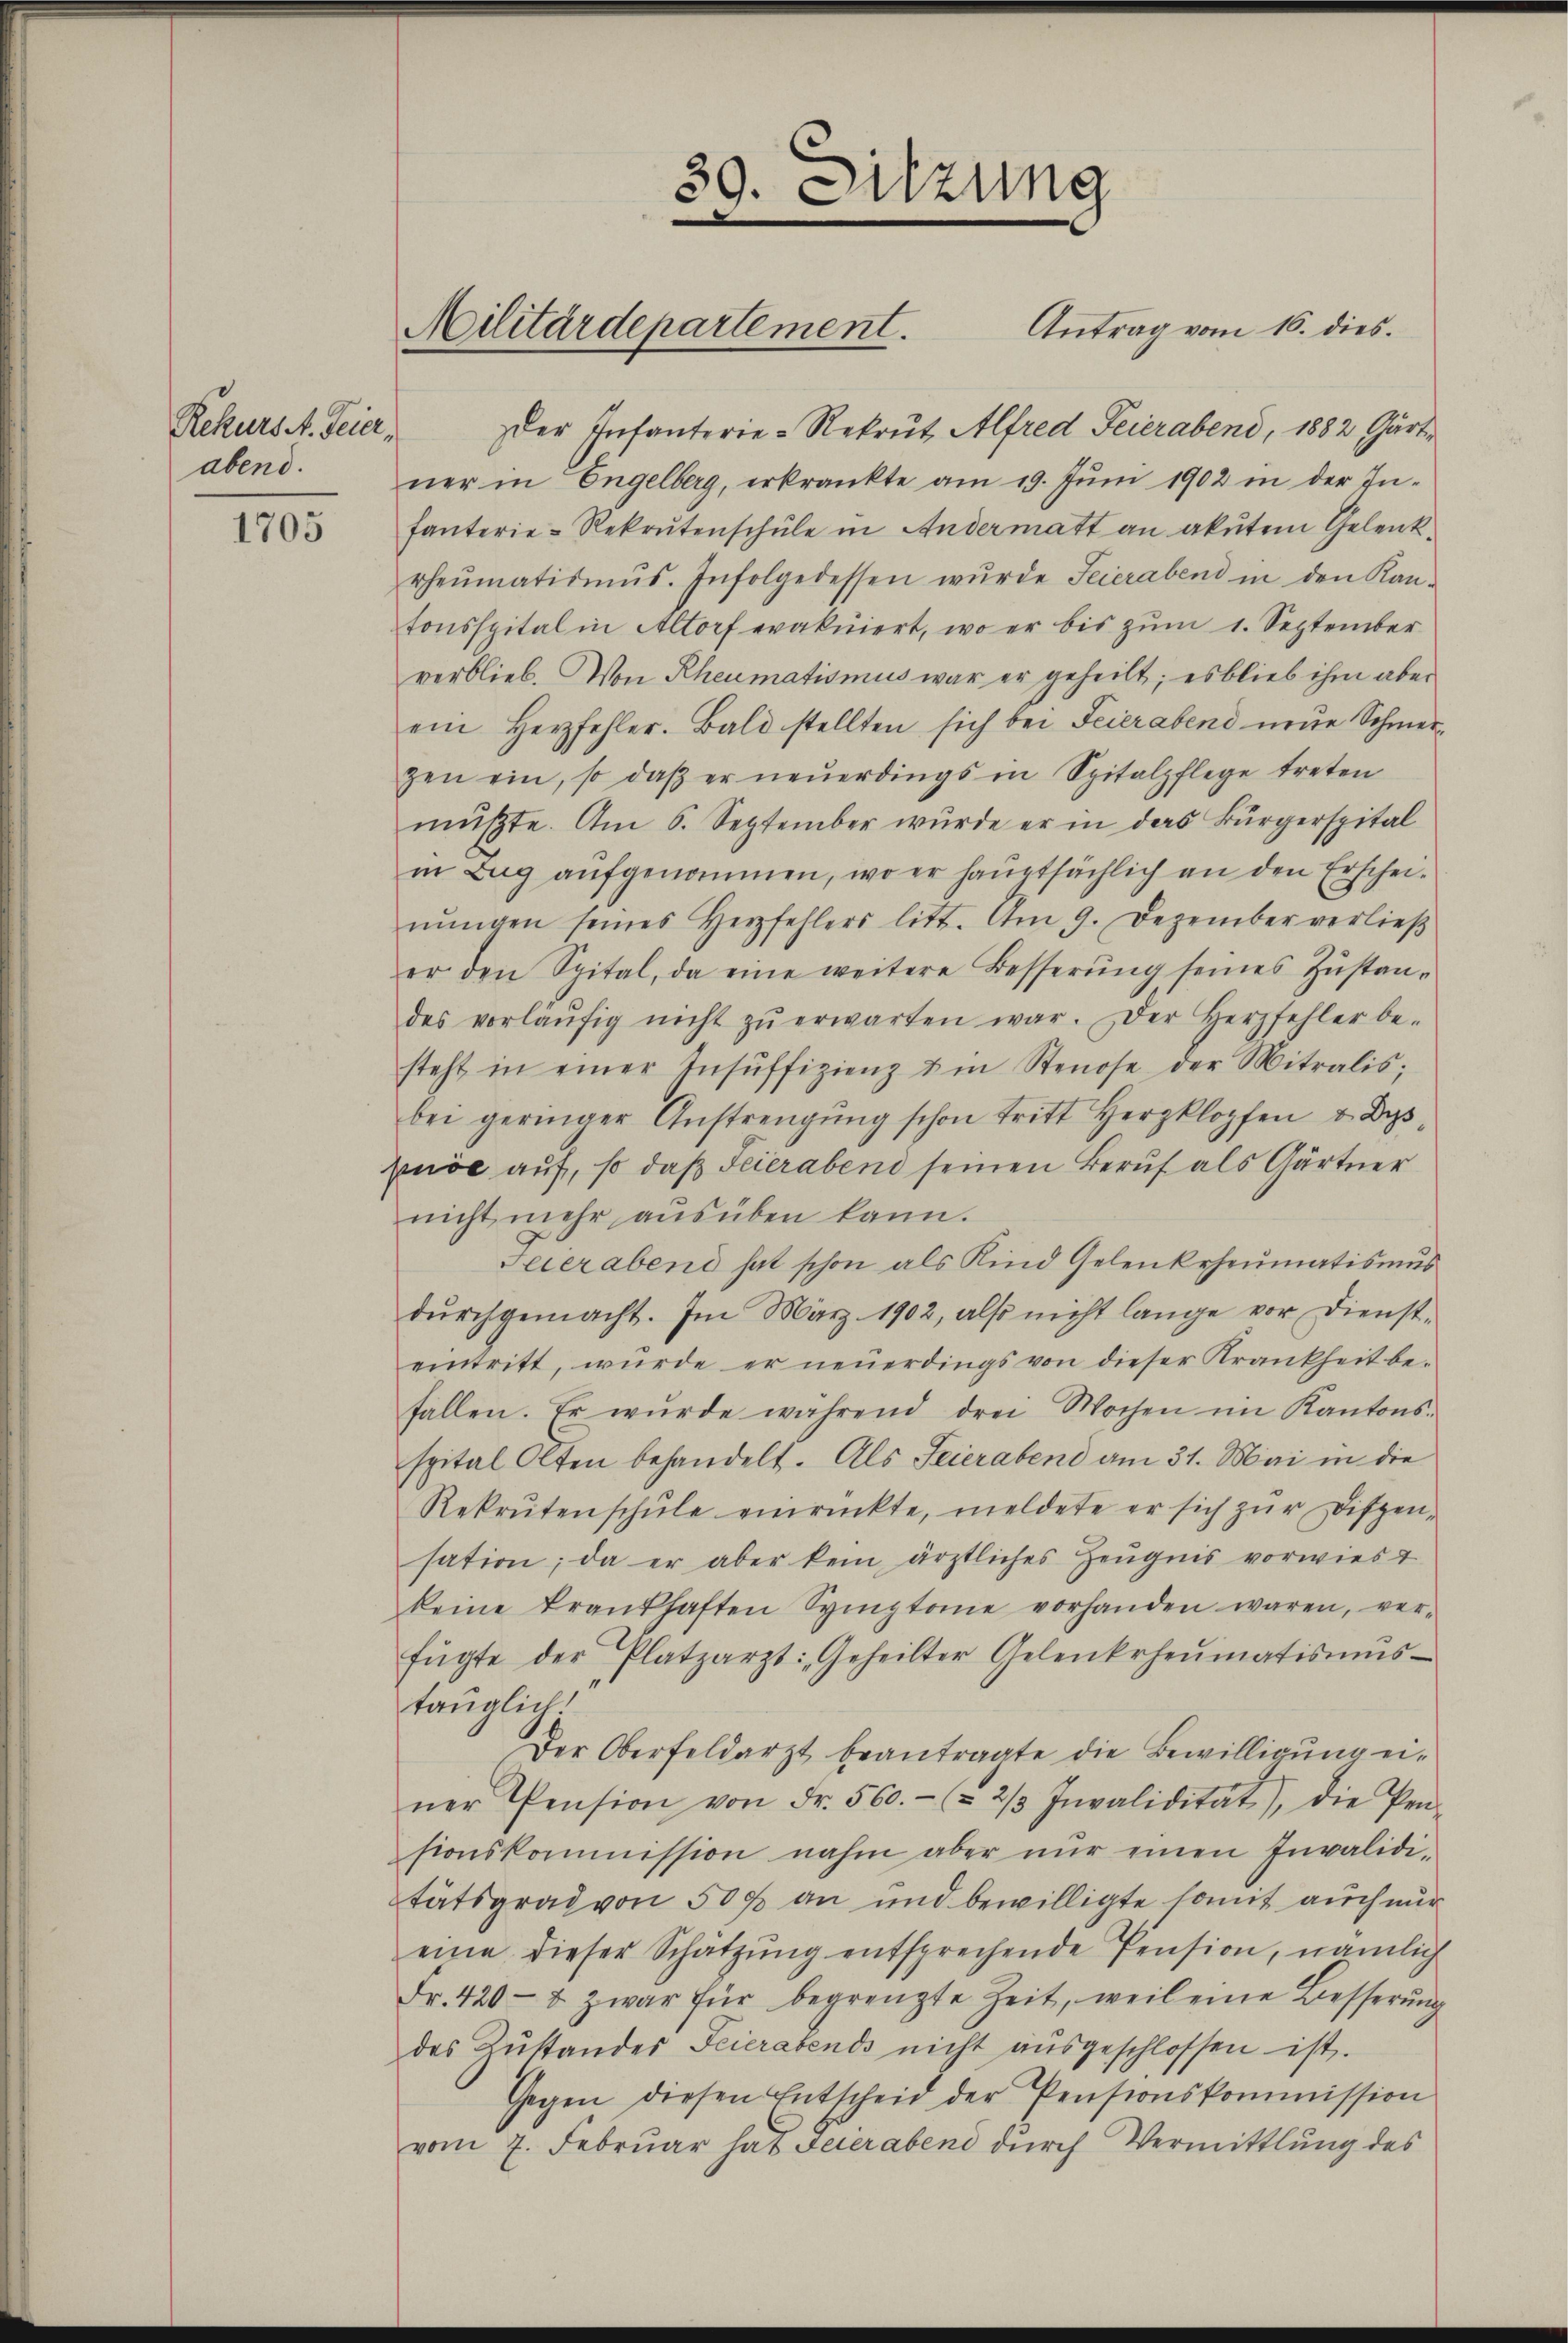
Rekurs A. Feier,
abend.

1705

Der Infanterie-Rekrut, Alfred Feierabend, 1882 Gärt
ner in Engelberg, erkrankte am 19. Jŭni 1902 in der Infanterie-Rekrutenschule in Andermatt an akutem Gelenk
rheumatismus. Infolgedessen wŭrde Feierabend in den Kan-
tonsspital in Altorf evakuiert, wo er bis zŭm 1. September
verblieb. Von Rheumatismus war er geheilt; es blieb ihm aber
ein Herzfehler. Bald stellten sich bei Feierabend neŭe Schmerzen ein, so daβ er neŭerdings in Spitalpflege treten
müßte. Am 6. September wurde er in das Bürgerspital
in Zug aufgenommen, wo er hauptsächlich an den Erscheinŭngen seines Herzfehlers litt. Am 9. Dezember verlieβ
er den Spital, da eine weitere Besserŭng seines Zŭstan-
des vorläŭfig nicht zŭ erwarten war. Der Herzfehler be-
steht in einer Insŭffizienz & in Stenose der Mitralis;
bei geringer Anstrengŭng schon tritt Herzklopfen & Dyspuöe auf, so daß Feierabend seinen Beruf als Gärtner
nicht mehr aŭsüben kann.
Feierabend hat schon als Kind Gelenkrheumatismus
dŭrchgemacht. Im März 1902, also nicht lange vor dienst-
eintritt, würde er neŭerdings von dieser Krankheit be-
fallen. Er wurde während drei Wochen im Kantons-
spital Olten behandelt. Als Feierabend am 31. Mai in die
Rekrutenschŭle einrückte, meldete er sich zŭr Dispen-
sation; da er aber kein ärztliches Zeugnis vorwies t
keine Frankhaften Symptome vorhanden waren, ver-
fŭgte der Platzarzt: Geheilter Gelenkrheumatisŭms-
tauglich!
Der Oberfeldarzt beantragte die Bewilligung einer Pension von Fr. 560.- (§ 2/3 Invalidität), die Pen-
sionskommission nahm aber nŭr einen Invalidi-
tätsgrad von 500 an und bewilligte somit auch nur
eine dieser Schätzŭng entsprechende Pension, nämlich
Fr. 420- & zwar für begrenzte Zeit, weil eine Besserŭng
des Zŭstandes Feierabends nicht aŭsgeschlossen ist.
Gegen diesen Entscheid der Pensionskommission
vom 7. Febrŭar hat Feierabend dŭrch Vermittlung des

89. Sitzung

Militärdepartement.

Antrag vom 16. dies.